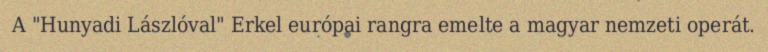
A "Hunyadi Lászlóval" Erkel európai rangra emelte a magyar nemzeti operát.